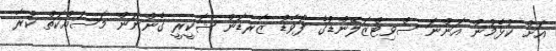
އަށް ކުޅެމުން އަންނަ ސްވިޓްޒަލޭންޑުގެ ފޯވާޑު ޒާރޑަން ޝަކީރީ ގެންނަން މަަސައްކަތް ކުރާ